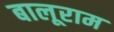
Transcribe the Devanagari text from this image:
बालूराम